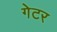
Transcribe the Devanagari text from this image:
गेटर